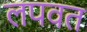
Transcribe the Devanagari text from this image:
लपवत